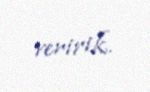
veririk.